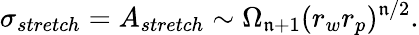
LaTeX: \sigma_{stretch}=A_{stretch}\sim\Omega_{\mathfrak{n}+1}(r_{w}r_{p})^{\mathfrak{n}/2}.